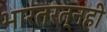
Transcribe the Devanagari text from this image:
भारतरत्नही